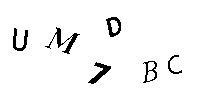
UM7DBC